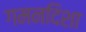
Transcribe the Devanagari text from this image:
गमनदिशा